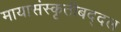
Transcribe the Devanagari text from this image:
मायासंस्कृतीबद्दल